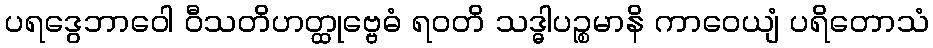
ပရဒွေဘာဝေါ ဝီသတိဟတ္ထုဗ္ဗေဓံ ရဝတိ သဒ္ဓါပဉ္စမာနိ ကာဝေယျံ ပရိတောသံ